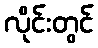
လိုင်းတွင်